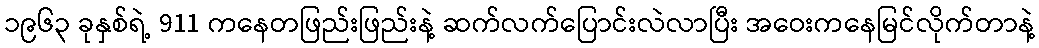
၁၉၆၃ ခုနှစ်ရဲ့ 911 ကနေတဖြည်းဖြည်းနဲ့ ဆက်လက်ပြောင်းလဲလာပြီး အဝေးကနေမြင်လိုက်တာနဲ့